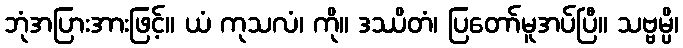
ဘုံအပြားအားဖြင့်။ ယံ ကုသလံ၊ ကို။ ဒဿိတံ၊ ပြတော်မူအပ်ပြီ။ သဗ္ဗမ္ပိ၊